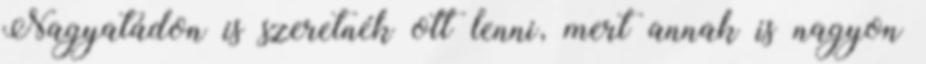
Nagyatádon is szeretnék ott lenni, mert annak is nagyon